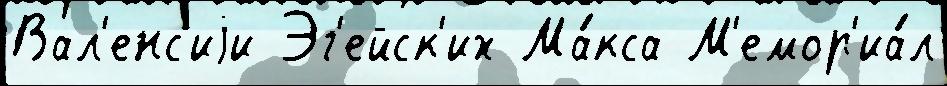
Вал'енс'иjи Эг'ейск'их Ма́кса М'емор'иа́л